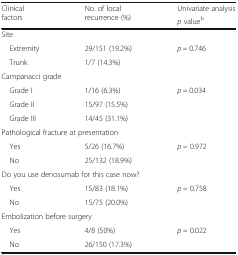
<table><thead><tr><td rowspan="2"><b>Clinical factors</b></td><td rowspan="2"><b>No. of local recurrence (%)</b></td><td><b>Univariate analysis</b></td></tr><tr><td><b><i>p</i> value<sup>b</sup></b></td></tr></thead><tbody><tr><td colspan="3">Site</td></tr><tr><td> Extremity</td><td>29/151 (19.2%)</td><td rowspan="2"><i>p</i> = 0.746</td></tr><tr><td> Trunk</td><td>1/7 (14.3%)</td></tr><tr><td colspan="3">Campanacci grade</td></tr><tr><td> Grade I</td><td>1/16 (6.3%)</td><td rowspan="3"><i>p</i> = 0.034</td></tr><tr><td> Grade II</td><td>15/97 (15.5%)</td></tr><tr><td> Grade III</td><td>14/45 (31.1%)</td></tr><tr><td colspan="3">Pathological fracture at presentation</td></tr><tr><td> Yes</td><td>5/26 (16.7%)</td><td rowspan="2"><i>p =</i> 0.972</td></tr><tr><td> No</td><td>25/132 (18.9%)</td></tr><tr><td colspan="3">Do you use denosumab for this case now?</td></tr><tr><td> Yes</td><td>15/83 (18.1%)</td><td rowspan="2"><i>p =</i> 0.758</td></tr><tr><td> No</td><td>15/75 (20.0%)</td></tr><tr><td colspan="3">Embolization before surgery</td></tr><tr><td> Yes</td><td>4/8 (50%)</td><td rowspan="2"><i>p =</i> 0.022</td></tr><tr><td> No</td><td>26/150 (17.3%)</td></tr></tbody></table>